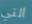
التي